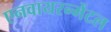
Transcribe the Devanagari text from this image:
एनवायरन्मेंटल